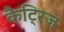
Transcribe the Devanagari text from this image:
कैट्रिज